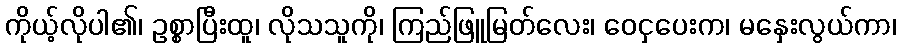
ကိုယ့်လိုပါ၏၊ ဥစ္စာပြီးထူ၊ လိုသသူကို၊ ကြည်ဖြူမြတ်လေး၊ ဝေငှပေးက၊ မနှေးလွယ်ကာ၊